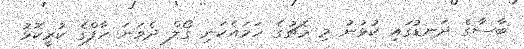
ބާސާގެ ދަނޑުގައި ކުޅުނު މި މެޗުގެ ހަމައެކަނި ގޯލް ދެވަނަ ހާފްގެ ކުރީކޮޅު